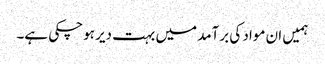
ہمیں ان مواد کی برآمد میں بہت دیر ہوچکی ہے۔